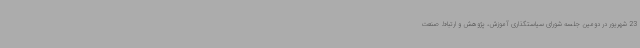
23 شهریور در دومین جلسه شورای سیاستگذاری آموزش، پژوهش و ارتباط صنعت